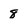
Character: 8